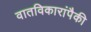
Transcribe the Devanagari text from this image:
वातविकारांपैकी